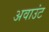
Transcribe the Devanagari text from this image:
अवाउंट